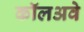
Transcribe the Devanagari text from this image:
कॉलअवे